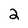
Character: 2